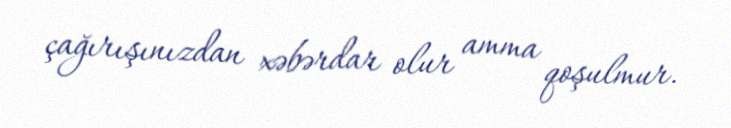
çağırışınızdan xəbərdar olur amma qoşulmur.